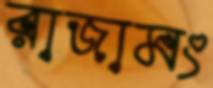
রাজামং